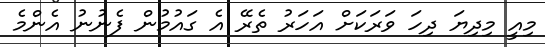
މިއީ މިދިޔަ ދިހަ ވަރަކަށް އަހަރު ތެރޭ އެ ގައުމުން ފެނުނު އެންމެ